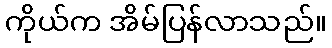
ကိုယ်က အိမ်ပြန်လာသည်။